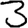
Digit: 3